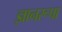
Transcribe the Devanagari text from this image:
ज्ञानरूपा